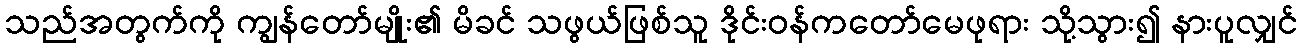
သည်အတွက်ကို ကျွန်တော်မျိုး၏ မိခင် သဖွယ်ဖြစ်သူ ဒိုင်းဝန်ကတော်မေဖုရား သို့သွား၍ နားပူလျှင်